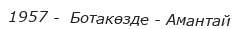
1957 -  Ботакөзде - Амантай